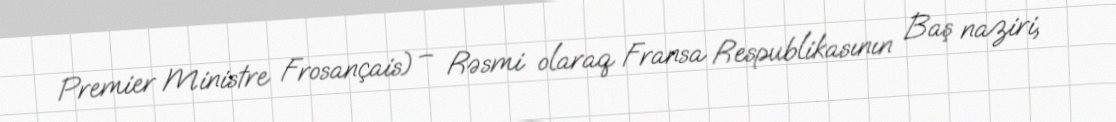
Premier Ministre Frosançais) – Rəsmi olaraq Fransa Respublikasının Baş naziri,